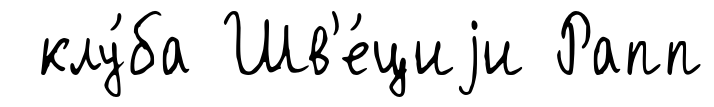
клу́ба Шв'е́циjи Рапп